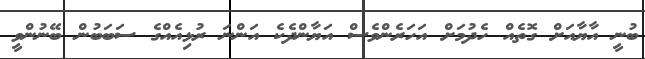
ބުނީ އާޔާއަށް ގޮތެއް ހެދުމަށް އަހަރެންވެސް އަޔާންދެކެ އަންނަ ރުޅިއެއްގެ ސަބަބުން ބޭނުންވީ